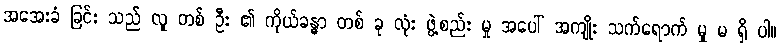
အအေးခံ ခြင်း သည် လူ တစ် ဦး ၏ ကိုယ်ခန္ဓာ တစ် ခု လုံး ဖွဲ့စည်း မှု အပေါ် အကျိုး သက်ရောက် မှု မ ရှိ ပါ။